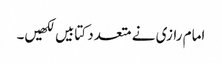
امام رازی نے متعدد کتابیں لکھیں۔